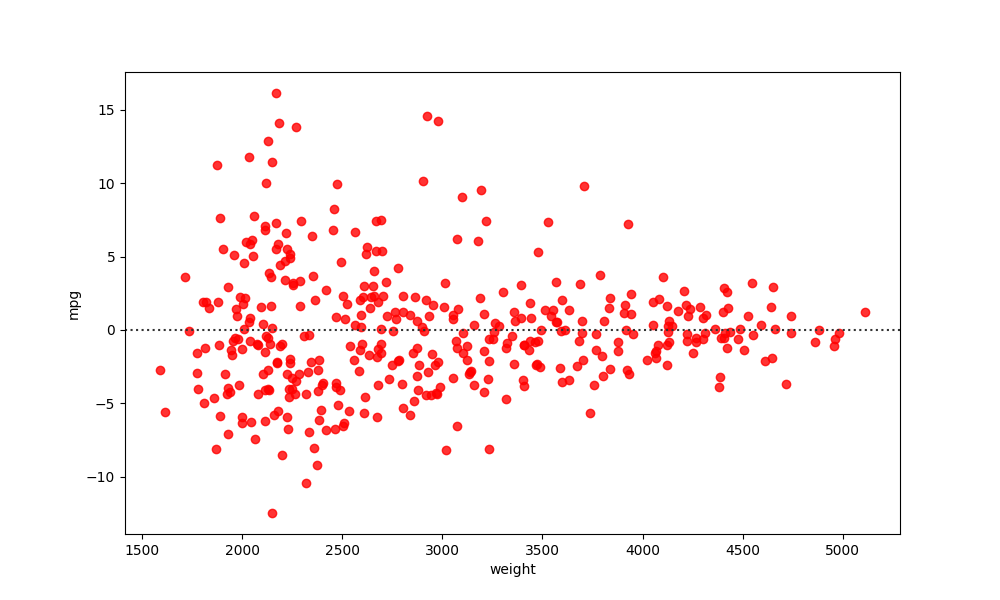
python, seaborn, residplot, lowess=False, scatter_color=red